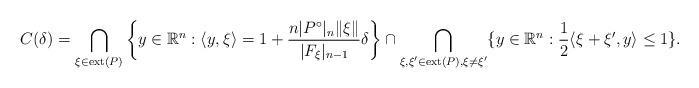
LaTeX: \begin{align*}C(\delta)= \bigcap_{\xi\in\mathrm{ext}(P)}\left\{y\in\mathbb{R}^{n}:\langle y, \xi\rangle=1+\frac{n|P^{\circ}|_n\|\xi\|}{|F_{\xi}|_{n-1}}\delta\right\}\cap\bigcap_{\xi,\xi'\in\mathrm{ext}(P),\xi\neq \xi'}\{y\in\mathbb{R}^{n}:\frac{1}{2}\langle\xi+\xi',y\rangle\leq 1\}.\end{align*}